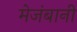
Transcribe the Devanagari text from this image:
मेजंबानी